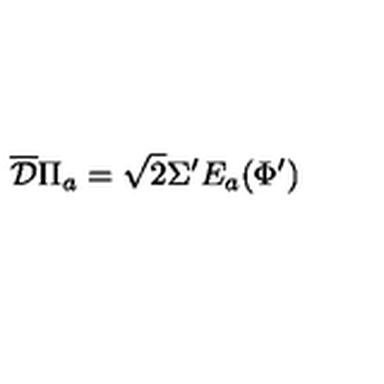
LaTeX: \overline { { \mathcal D } } \Pi _ { a } = \sqrt 2 \Sigma ^ { \prime } E _ { a } ( \Phi ^ { \prime } )